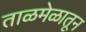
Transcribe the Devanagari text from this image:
ताळमेळातून